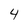
Character: 4